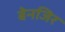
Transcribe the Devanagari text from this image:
बेनजिर